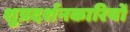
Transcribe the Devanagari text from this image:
शुप्रदर्शनकारियों